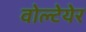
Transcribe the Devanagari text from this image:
वोल्टेयेर